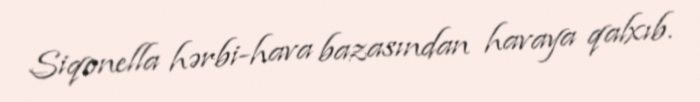
Siqonella hərbi-hava bazasından havaya qalxıb.